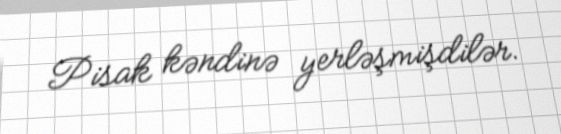
Pisak kəndinə yerləşmişdilər.